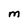
Character: M